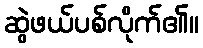
ဆွဲဖယ်ပစ်လိုက်၏။